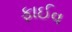
ફાઈવ